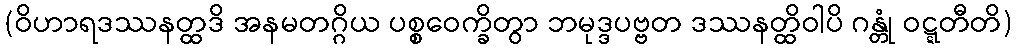
(ဝိဟာရဒဿနတ္ထဒိ အနမတဂ္ဂိယ ပစ္စဝေက္ခိတွာ ဘမုဒ္ဒပဗ္ဗတ ဒဿနတ္ထိဝါပိ ဂန္တုံ ဝဋ္ဋတီတိ)